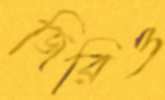
জিরিও